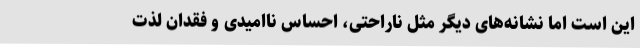
این است اما نشانه‌های دیگر مثل ناراحتی، احساس ناامیدی و فقدان لذت